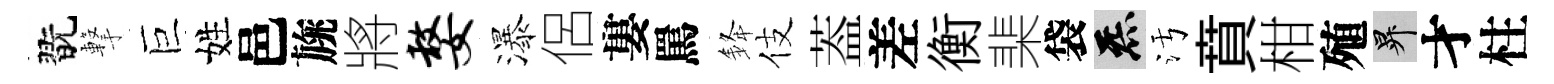
翫撃巨姓邑旐將嫠瀑侶婁罵𨦟伎葢差衡棐袋炁污賁柑殖升才柱